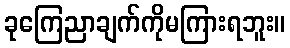
ခုကြေညာချက်ကိုမကြားရဘူး။